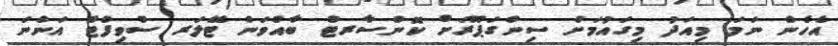
އެހެން ނަމަ މިއަދު މިގައުމަށް ސިންގަޕޫރަށް ކޮންސާރޓް ބާއްވަން ޓޭލަރ ސްވިފްޓް އަންނަ